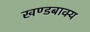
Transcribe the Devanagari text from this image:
खण्डबाक्य